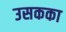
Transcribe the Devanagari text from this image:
उसकका